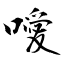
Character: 噯